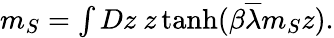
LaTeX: \begin{array}{r}{m_{S}=\int Dz~z\operatorname{tanh}(\beta\overline{{\lambda}}m_{S}z).}\end{array}